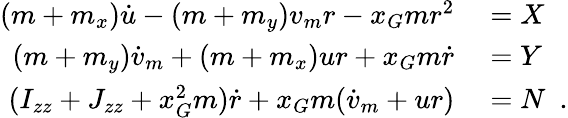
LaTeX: \begin{array}{rl}{(m+m_{x})\dot{u}-(m+m_{y})v_{m}r-x_{G}mr^{2}}&{{}=X}\\ {(m+m_{y})\dot{v}_{m}+(m+m_{x})ur+x_{G}m\dot{r}}&{{}=Y}\\ {(I_{zz}+J_{zz}+x_{G}^{2}m)\dot{r}+x_{G}m(\dot{v}_{m}+ur)}&{{}=N\enspace.}\end{array}